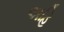
અહિ